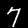
Label: 7